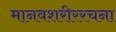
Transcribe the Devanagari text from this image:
मानवशरीररचना